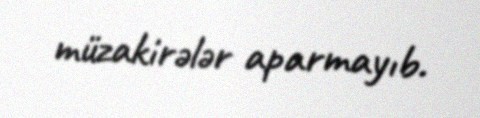
müzakirələr aparmayıb.